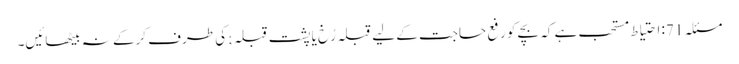
مسئلہ 71: احتیاط مستحب ہے کہ بچے کو رفع حاجت کے لیے قبلہ رُخ یا پشت قبلہ ;کی طرف کرکے نہ بیٹھائیں۔